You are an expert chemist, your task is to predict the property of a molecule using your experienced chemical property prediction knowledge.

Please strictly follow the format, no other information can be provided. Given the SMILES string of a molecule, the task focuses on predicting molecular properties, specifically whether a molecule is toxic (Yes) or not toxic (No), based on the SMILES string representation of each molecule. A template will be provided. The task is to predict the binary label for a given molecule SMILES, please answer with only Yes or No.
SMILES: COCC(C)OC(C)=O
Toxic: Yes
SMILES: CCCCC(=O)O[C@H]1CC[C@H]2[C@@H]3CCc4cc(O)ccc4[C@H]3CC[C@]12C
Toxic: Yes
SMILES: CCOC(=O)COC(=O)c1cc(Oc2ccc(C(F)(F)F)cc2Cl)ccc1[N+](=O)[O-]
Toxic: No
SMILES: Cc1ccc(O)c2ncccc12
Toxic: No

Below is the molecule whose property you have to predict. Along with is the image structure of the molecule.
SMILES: CO/N=C(/C1=NOCCO1)c1ccccc1Oc1ncnc(Oc2ccccc2Cl)c1F
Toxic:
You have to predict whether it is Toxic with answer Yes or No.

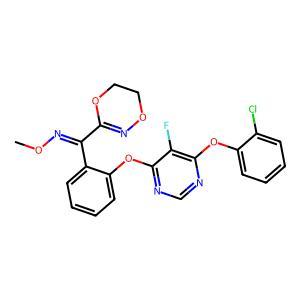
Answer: No